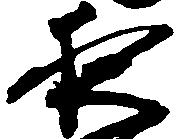
夜